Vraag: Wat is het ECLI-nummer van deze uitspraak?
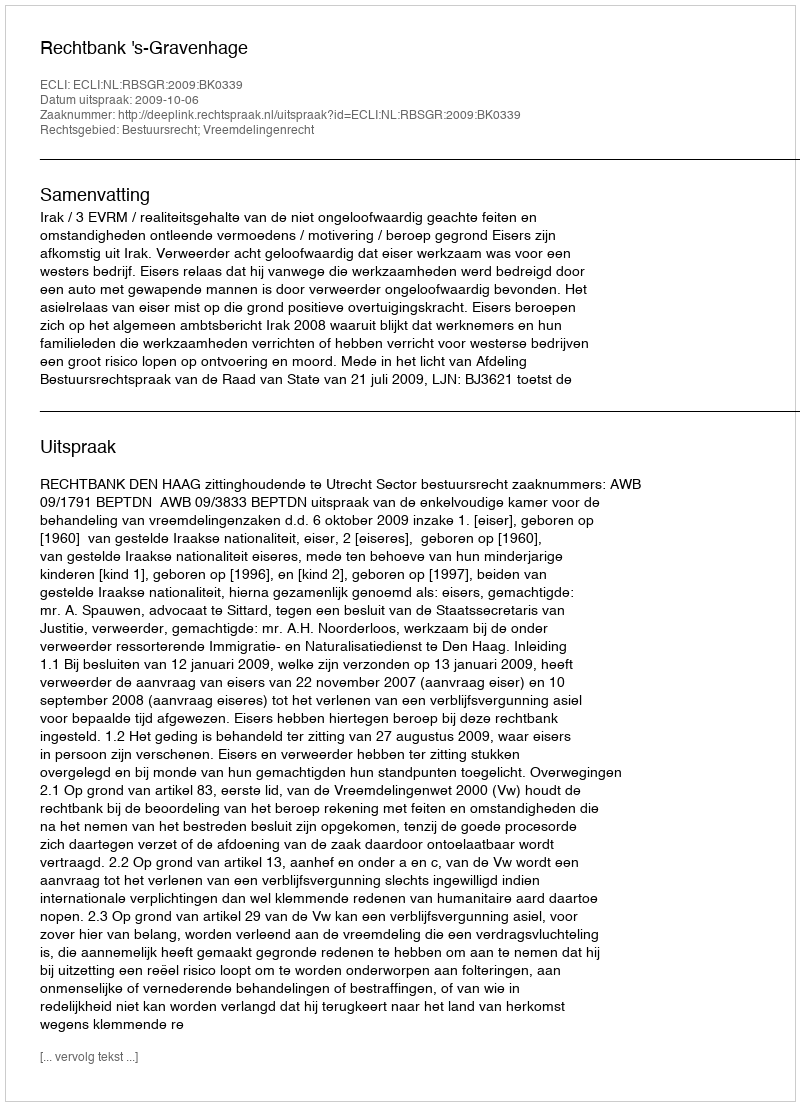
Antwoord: ECLI:NL:RBSGR:2009:BK0339